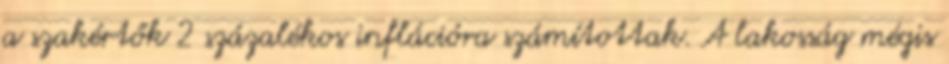
a szakértők 2 százalékos inflációra számítottak. A lakosság mégis